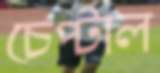
চেপ্‌টাল